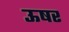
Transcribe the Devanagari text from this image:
ऊषर